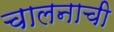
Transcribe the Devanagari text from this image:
चालनाची